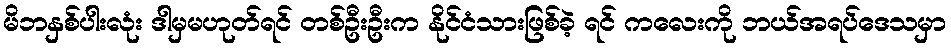
မိဘနှစ်ပါးလုံး ဒါမှမဟုတ်ရင် တစ်ဦးဦးက နိုင်ငံသားဖြစ်ခဲ့ ရင် ကလေးကို ဘယ်အရပ်ဒေသမှာ